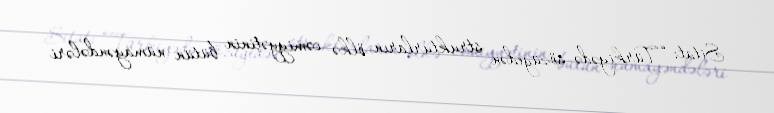
Sitat: “Türkiyədə sözügedən strukturların ölkə cəmiyyətinin bütün nümayəndələri